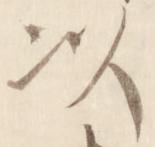
以